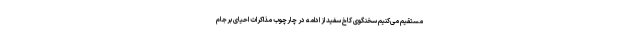
مستقیم می‌کنیم سخنگوی کاخ سفید از ادامه در چارچوب مذاکرات احیای برجام